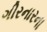
ગીરનારના